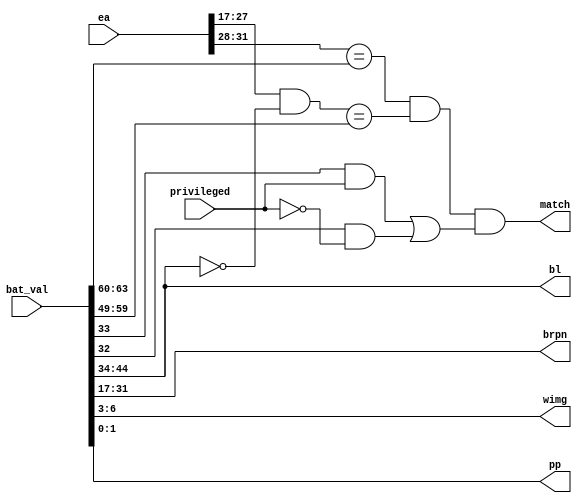
/* mmu_bat_match
 *
 * For an incoming address, match a BAT value.
 *
 * ME 180820
 *
 * Copyright 2020 Matt Evans
 * SPDX-License-Identifier: Apache-2.0 WITH SHL-2.1
 *
 * Licensed under the Solderpad Hardware License v 2.1 (the License); you may
 * not use this file except in compliance with the License, or, at your option,
 * the Apache License version 2.0. You may obtain a copy of the License at
 *
 *  https://solderpad.org/licenses/SHL-2.1/
 *
 * Unless required by applicable law or agreed to in writing, any work
 * distributed under the License is distributed on an AS IS BASIS, WITHOUT
 * WARRANTIES OR CONDITIONS OF ANY KIND, either express or implied. See the
 * License for the specific language governing permissions and limitations
 * under the License.
 */

module mmu_bat_match(input wire [31:0]  ea,
		     input wire 	privileged,
		     input wire [63:0] 	bat_val,

		     output wire 	match,
		     output wire [10:0] bl,
		     output wire [14:0] brpn,
		     output wire [3:0] 	wimg,
		     output wire [1:0] 	pp
		     );

   parameter INSTRUCTION = 0;

   // BATU fields
   wire [14:0] 				bepi = bat_val[63:49];
   assign 				bl = bat_val[44:34];
   wire 				Vs = bat_val[33];
   wire 				Vp = bat_val[32];

   // While we're decoding, unpack this entry:
   assign brpn = bat_val[31:17];
   assign wimg = bat_val[6:3];
   assign pp = bat_val[1:0];

   reg 				       match_r; // Wire
   always @(*) begin
      match_r = (ea[31:28] == bepi[14:11]) &&
		((ea[27:17] & ~bl[10:0]) == bepi[10:0]) &&
		((Vs && privileged) || (Vp && !privileged));
   end

   assign match = match_r;

endmodule // mmu_bat_match